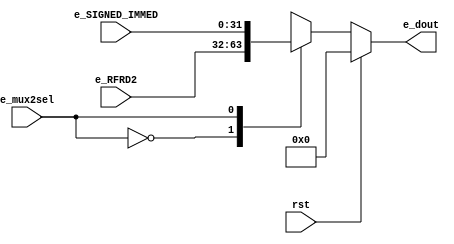
`timescale 1ns / 1ps
//////////////////////////////////////////////////////////////////////////////////
// Company: 
// Engineer: 
// 
// Design Name: 
// Module Name: sign_extension
// Project Name: 
// Target Devices: 
// Tool Versions: 
// Description: 
// 
// Dependencies: 
// 
// Revision:
// Revision 0.01 - File Created
// Additional Comments:
// 
//////////////////////////////////////////////////////////////////////////////////


module mux2
/*** PARAMETERS ***/
#(parameter
    // WL
    DATA_WL     = 32
)
/*** IN/OUT ***/
(
    // IN
    input [DATA_WL - 1 : 0]         e_RFRD2,
                                    e_SIGNED_IMMED,
    input                           e_mux2sel,
                                    rst,
    // OUT
    output reg [DATA_WL - 1 : 0]    e_dout
);

    always @(*)
    begin
        if (rst) e_dout = 0;
        else
        begin
            case (e_mux2sel)
                0: e_dout = e_RFRD2;
                1: e_dout = e_SIGNED_IMMED;
                default e_dout = 1'bx;
            endcase
        end
    end

endmodule